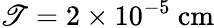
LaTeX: \mathscr{T}=2\times10^{-5}~\mathrm{{cm}}